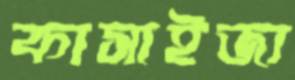
কাসাইজা